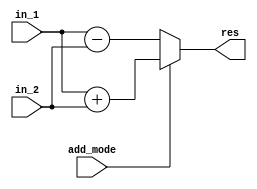
// Asynchronous adder of 2 numbers

module adder #(parameter N = 3)
(
    input add_mode,
    input [(2 ** N) - 1 : 0] in_1, in_2,
    output reg[(2 ** N) - 1 : 0] res
);
    always @(*)
    begin
        if (add_mode)
        begin
            res = in_1 + in_2;
        end
        else
        begin
            res = in_1 - in_2;
        end
    end

endmodule